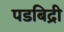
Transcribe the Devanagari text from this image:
पडबिद्री